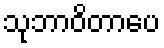
သုဘာဝိတာပေ